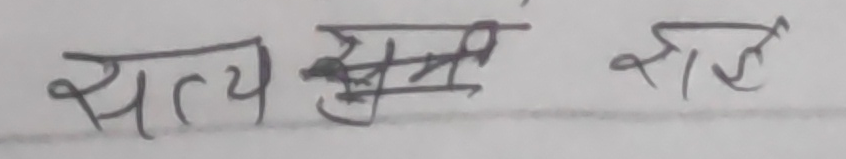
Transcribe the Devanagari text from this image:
सत्य स्वयं साई